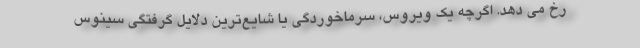
رخ می دهد. اگرچه یک ویروس، سرماخوردگی یا شایع‌ترین دلایل گرفتگی سینوس